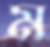
ম